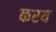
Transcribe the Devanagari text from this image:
करय